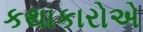
કથાકારોએ